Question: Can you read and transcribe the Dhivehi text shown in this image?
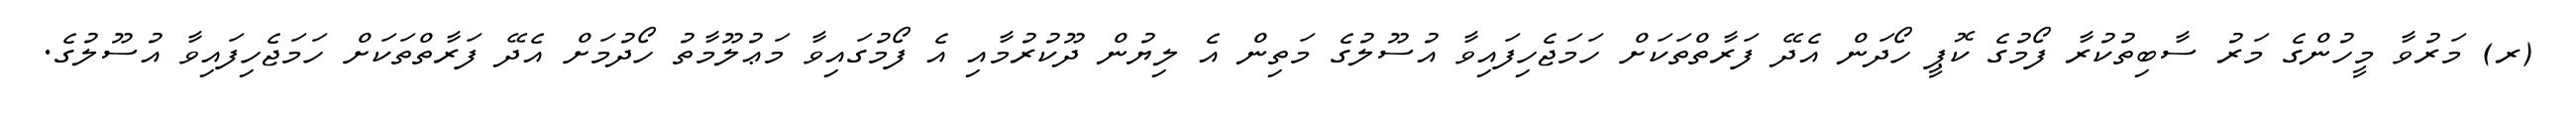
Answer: (ރ) މަރުވާ މީހުންގެ މަރު ސާބިތުކުރާ ފޯމުގެ ކޮޕީ ހޯދަން އެދޭ ފަރާތްތަކަށް ހަމަޖެހިފައިވާ އުސޫލުގެ މަތިން އެ ލިޔުން ދޫކުރުމާއި އެ ފޯމުގައިވާ މަޢުލޫމާތު ހޯދުމަށް އެދޭ ފަރާތްތަކަށް ހަމަޖެހިފައިވާ އުސޫލުގެ.